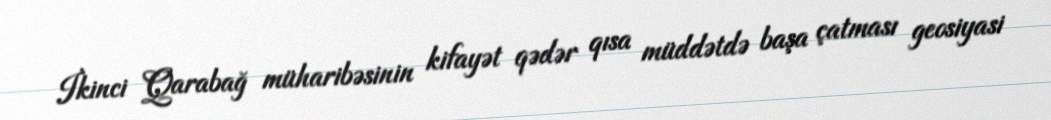
İkinci Qarabağ müharibəsinin kifayət qədər qısa müddətdə başa çatması geosiyasi